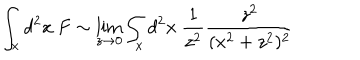
LaTeX: \int _ { x } d ^ { 2 } x \ F \sim \lim _ { z \rightarrow 0 } \int _ { x } d ^ { 2 } x \ { \frac { 1 } { z ^ { 2 } } } { \frac { z ^ { 2 } } { ( x ^ { 2 } + z ^ { 2 } ) ^ { 2 } } }